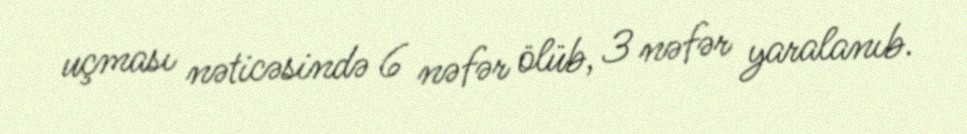
uçması nəticəsində 6 nəfər ölüb, 3 nəfər yaralanıb.